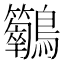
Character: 𪈣